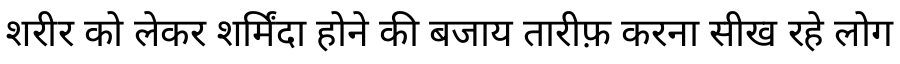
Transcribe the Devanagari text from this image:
शरीर को लेकर शर्मिंदा होने की बजाय तारीफ़ करना सीख रहे लोग